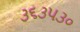
૩૬૩૫૩૦